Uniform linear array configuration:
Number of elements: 4
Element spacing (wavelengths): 0.25
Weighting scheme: hamming
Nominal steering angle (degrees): -15
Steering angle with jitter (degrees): -15.887
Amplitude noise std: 0.05
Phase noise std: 0.05

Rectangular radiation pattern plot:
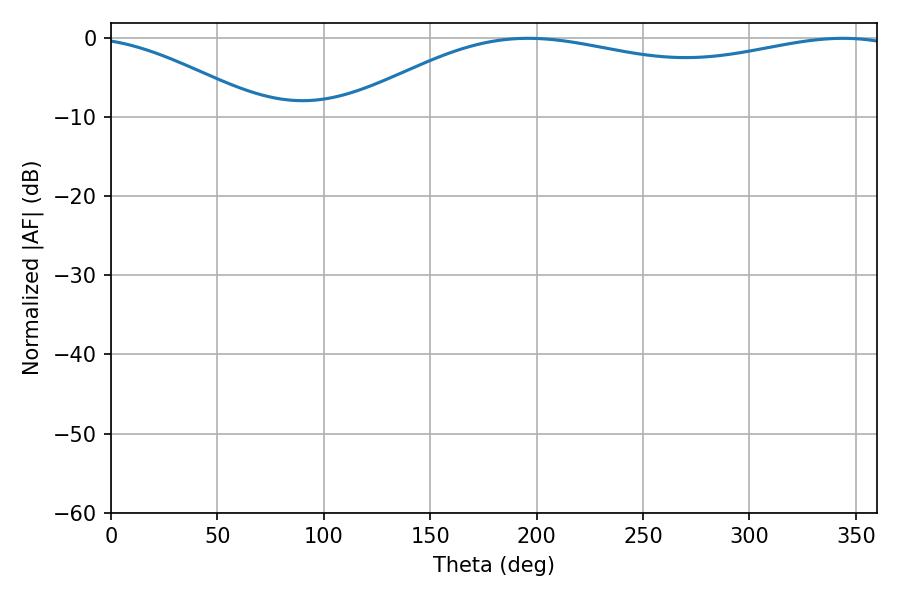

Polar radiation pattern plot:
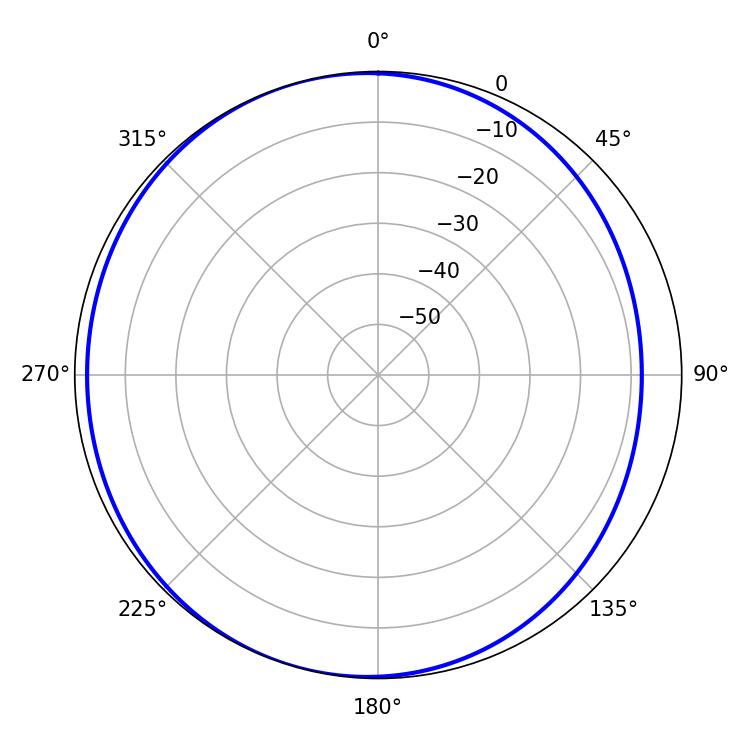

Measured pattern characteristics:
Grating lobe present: FALSE
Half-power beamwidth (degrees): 211.86
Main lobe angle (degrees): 196.02